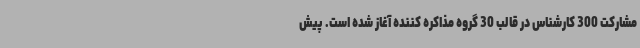
مشارکت 300 کارشناس در قالب 30 گروه مذاکره کننده آغاز شده است. پیش